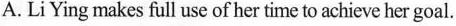
A.Li Ying makes full use of her time to achieve her goal.